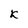
Character: k